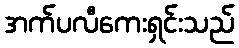
အက်ပလီကေးရှင်းသည်